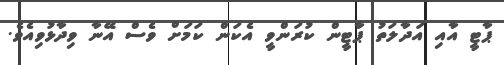
ޕާޓީ އާއި އަދާލަތު ޕާޓީން ކުރަންވީ އެކަން ކަމަށް ވެސް އޭނާ ވިދާޅުވިއެވެ.